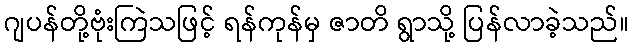
ဂျပန်တို့ဗုံးကြဲသဖြင့် ရန်ကုန်မှ ဇာတိ ရွာသို့ ပြန်လာခဲ့သည်။